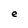
Character: e